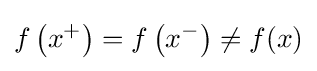
f\left(x^{+}\right)=f\left(x^{-}\right)\neq f(x)